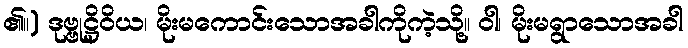
၏။) ဒုဗ္ဗုဋ္ဌိဝိယ၊ မိုးမကောင်းသောအခါကိုကဲ့သို့။ ဝါ၊ မိုးမရွာသောအခါ